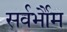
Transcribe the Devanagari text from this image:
सर्वर्भौम